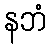
နဘံ